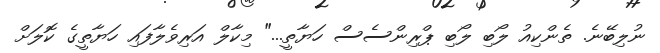
ނުލިބޭނެ. ތެންކިއު ލޯބި ލޯބި ޕްރިންސެސް ހަޔާތީ..." މިކާލް އަރިވެލާފައި ހަޔާތީގެ ކޮލަށް